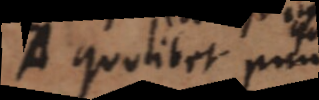
quolibet puncto